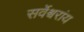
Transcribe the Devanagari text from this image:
सर्वेश्वरांय